Lunatic asylums in Bengal annual reports 1888-1898 - 1888-1898
Year: 1888
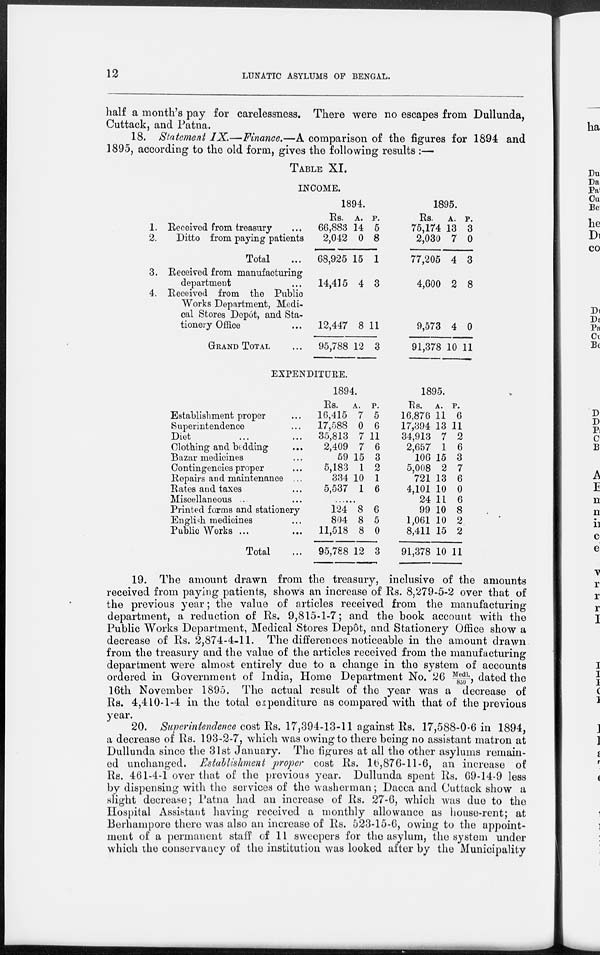
12
LUNATIC ASYLUMS OF BENGAL.
half a month's pay for carelessness. There were no escapes from Dullunda,
Cuttack, and Patna.
18. Statement IX.—Finance.—A comparison of the figures for 1894 and
1895, according to the old form, gives the following results :—
TABLE XI.
INCOME.
1.
2.
3.
4.
Received from treasury ...
Ditto from paying patients
Total ...
Received from manufacturing
department ...
Received from the Public
Works Department, Medi-
cal Stores Depôt, and Sta-
tionery Office ...
GRAND TOTAL ...
1894.
Rs.
66,883
2,042
68,925
14,415
12,447
95,788
A.
14
0
15
4
8
12
P.
5
8
1
3
11
3
1895.
Rs.
75,174
2,030
77,205
4,600
9,573
91,378
A.
13
7
4
2
4
10
P.
3
0
3
8
0
11
EXPENDITURE.
Establishment proper ...
Superintendence ...
Diet ... ...
Clothing and bedding ...
Bazar medicines ...
Contingencies proper ...
Repairs and maintenance ...
Rates and taxes ...
Miscellaneous ... ...
Printed forms and stationery
English medicines ...
Public Works ... ...
Total ...
1894.
Rs.
16,415
17,588
35,813
2,409
59
5,183
334
5,537
A.
7
0
7
7
15
1
10
1
P.
5
6
11
6
3
2
1
6
......
124
804
11,518
95,788
8
8
8
12
6
5
0
3
1895.
Rs.
16,876
17,394
34,913
2,657
106
5,008
721
4,101
24
99
1,061
8,411
91,378
A.
11
13
7
1
15
2
13
10
11
10
10
15
10
P.
6
11
2
6
3
7
6
0
6
8
2
2
11
19. The amount drawn from the treasury, inclusive of the amounts
received from paying patients, shows an increase of Rs. 8,279-5-2 over that of
the previous year; the value of articles received from the manufacturing
department, a reduction of Rs. 9,815-1-7; and the book account with the
Public Works Department, Medical Stores Depôt, and Stationery Office show a
decrease of Rs. 2,874-4-11. The differences noticeable in the amount drawn
from the treasury and the value of the articles received from the manufacturing
department were almost entirely due to a change in the system of accounts
ordered in Government of India, Home Department No. 26 Medl. /850, dated the
16th November 1895. The actual result of the year was a decrease of
Rs. 4,410-1-4 in the total expenditure as compared with that of the previous
year.
20. Superintendence cost Rs. 17,394-13-11 against Rs. 17,588-0-6 in 1894,
a decrease of Rs. 193-2-7, which was owing to there being no assistant matron at
Dullunda since the 31st January. The figures at all the other asylums remain-
ed unchanged. Establishment proper cost Rs. 16,876-11-6, an increase of
Rs. 461-4-1 over that of the previous year. Dullunda spent Rs. 69-14-9 less
by dispensing with the services of the washerman; Dacca and Cuttack show a
slight decrease; Patna had an increase of Rs. 27-6, which was due to the
Hospital Assistant having received a monthly allowance as house-rent; at
Berhampore there was also an increase of Rs. 523-15-6, owing to the appoint-
ment of a permanent staff of 11 sweepers for the asylum, the system under
which the conservancy of the institution was looked after by the Municipality